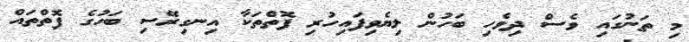
މި ތަނުގައި ވެސް ދިވެހި ބަހުން ލިޔެވިފައިހުރި ފޮތްތަކާ އިނގިރޭސި ބަހުގެ ފޮތްތައް